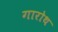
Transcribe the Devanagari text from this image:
गारोथ